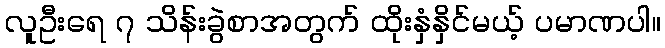
လူဦးရေ ၇ သိန်းခွဲစာအတွက် ထိုးနှံနှိင်မယ့် ပမာဏပါ။